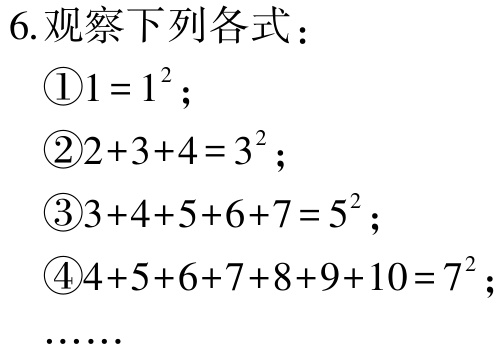
6.观察下列各式：

\textcircled{1}\(1 = 1^{2}\)；

\textcircled{2}\(2 + 3 + 4 = 3^{2}\)；

\textcircled{3}\(3 + 4 + 5 + 6 + 7 = 5^{2}\)；

\textcircled{4}\(4 + 5 + 6 + 7 + 8 + 9 + 10 = 7^{2}\)；

……